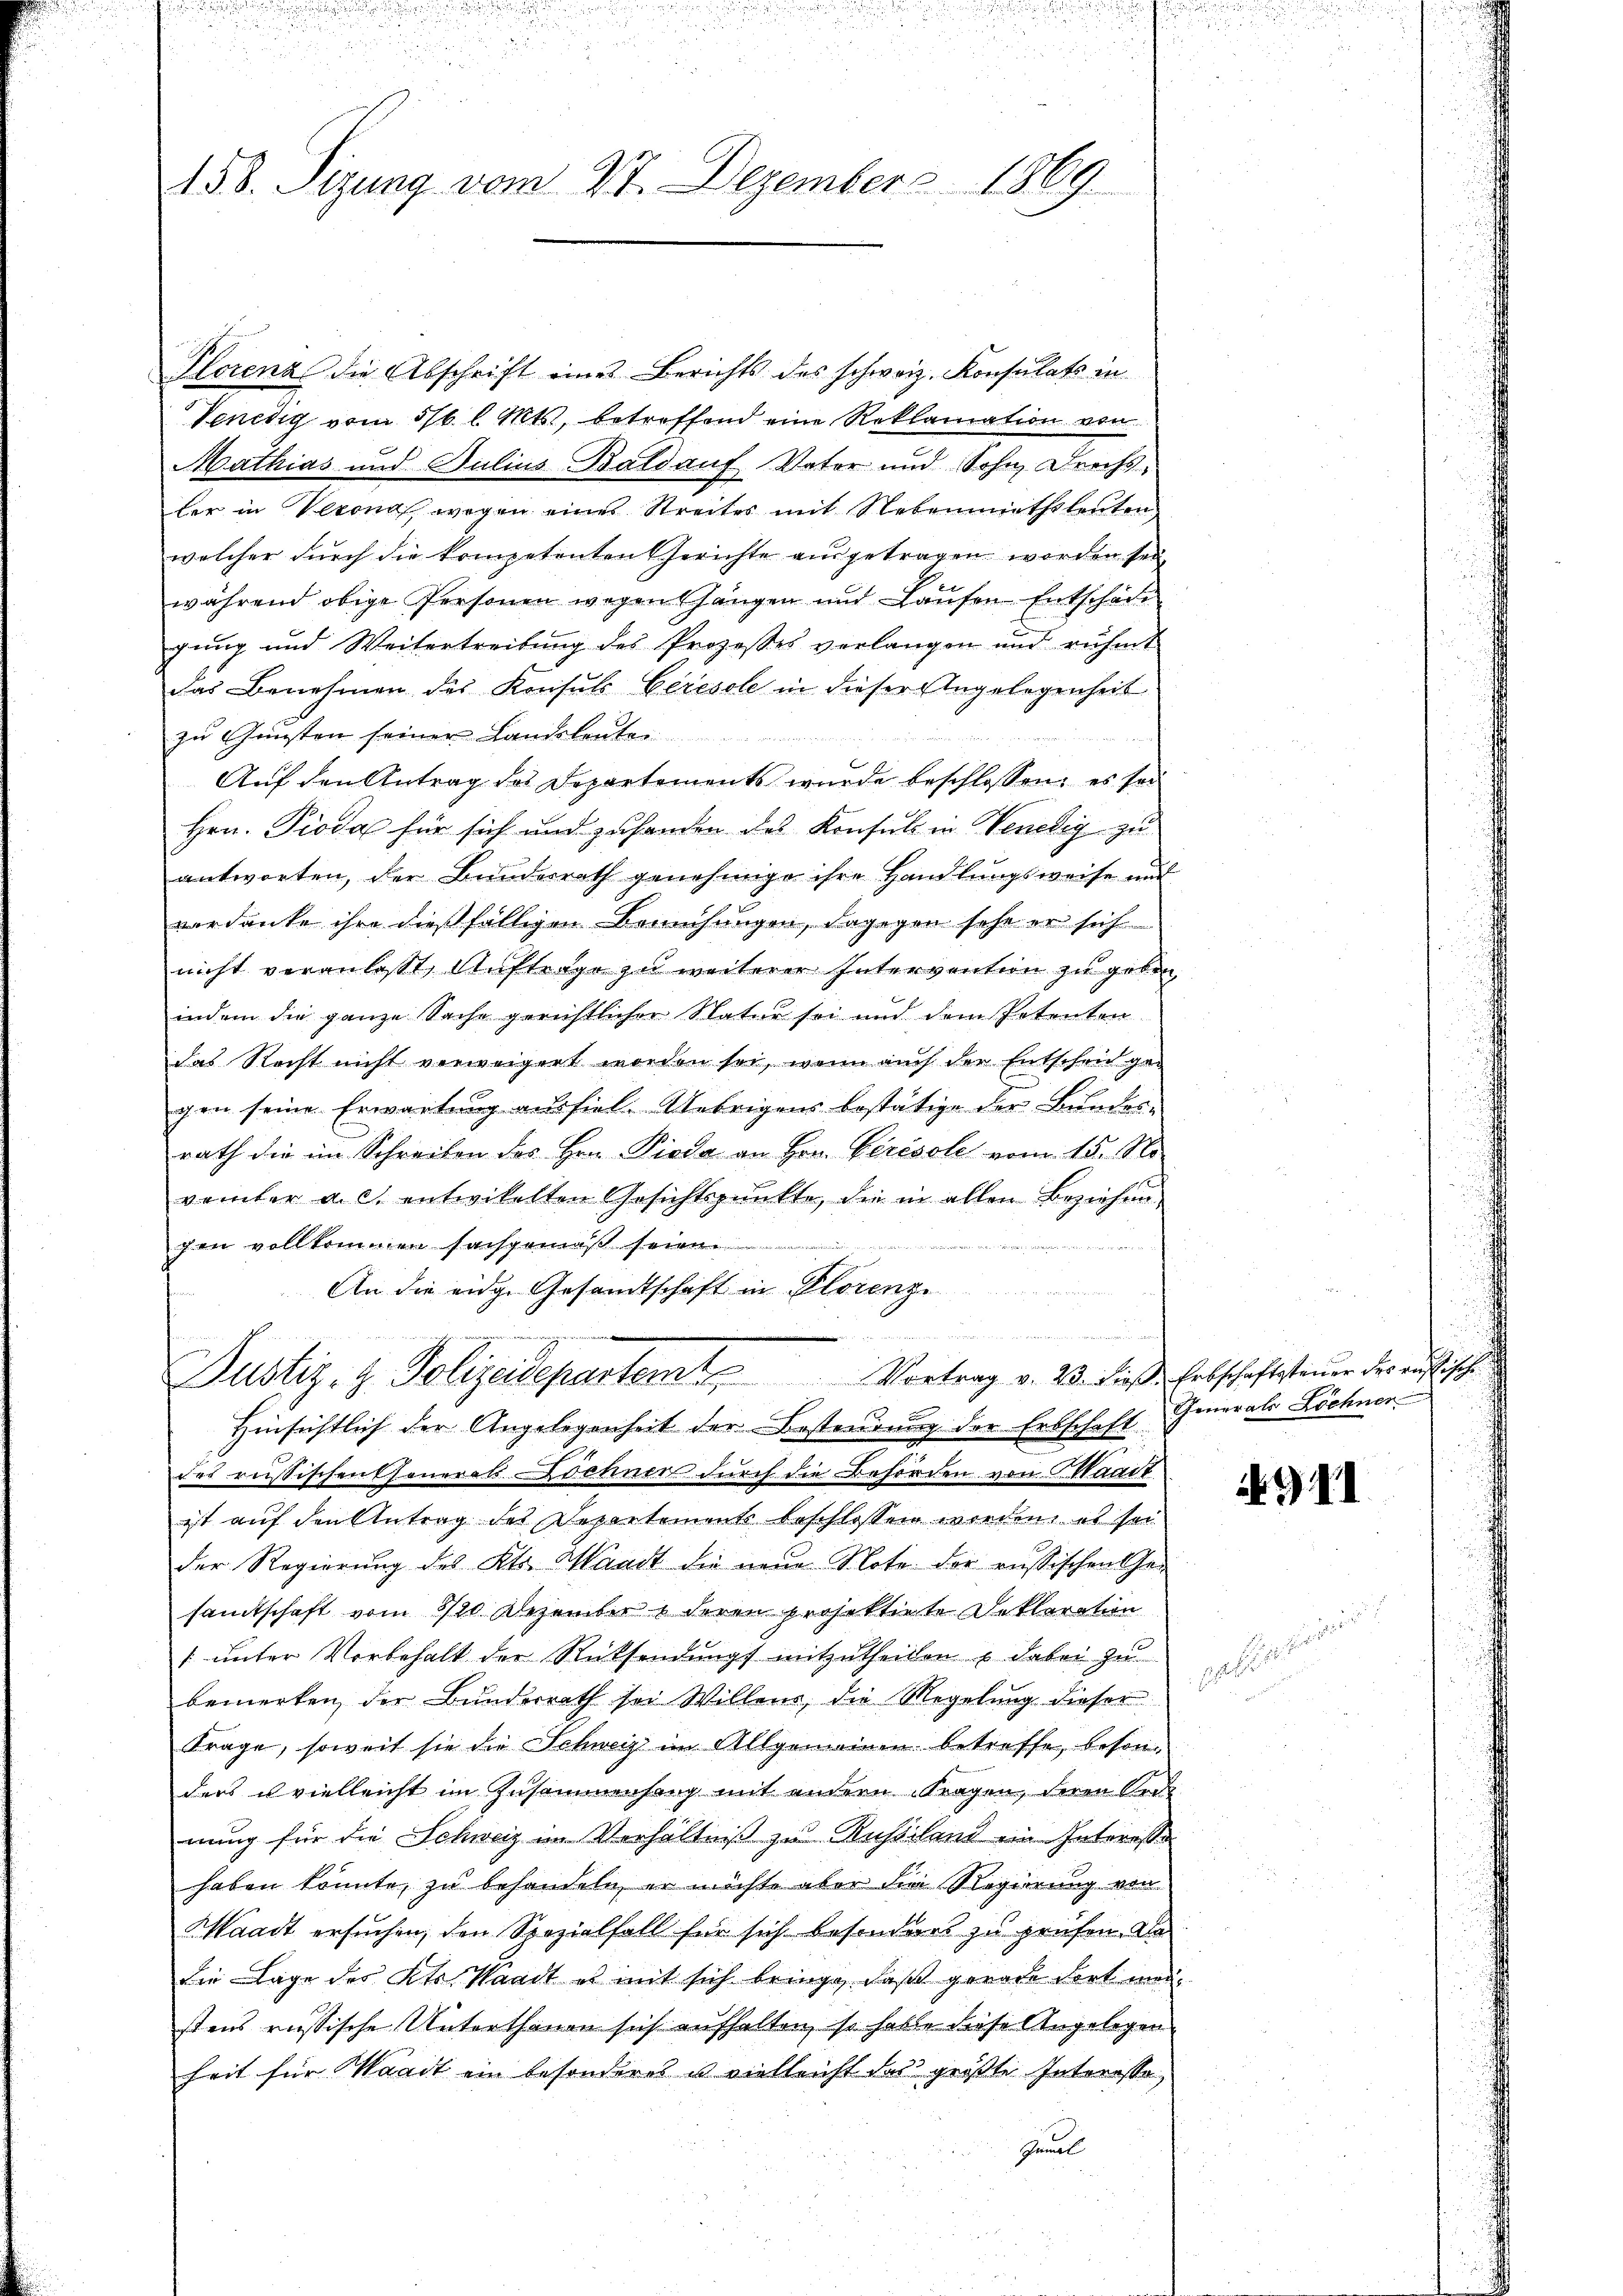
158. Sizung vom 27. Dezember 1869

Plorenz die Abschrift eines Berichts des schweiz. Konsulats in
Venedig vom 5/6. l. Mts., betreffend eine Reklamation von
Mathias und Julius Baldauf Vater und Sohn Drechsler in Verona wegen eines Streites mit Nebenmathsleuten,
welcher durch die kompetenten Gerichte ausgetragen worden sei
während obige Personen wegen angen und Laŭfen Entschädi
gung und Weitertreibŭng des Prozesses verlangen und rühmt
das Benehmen des Konsuls Ceresole in dieser Angelegenheit
zu Gunsten seiner Landsleuter
Auf den Antrag des Departements wurde beschlossen, es sei
Hrn. Pioda für sich und zuhanden des Konsuls in Venedig zu
antworten, der Bundesrath genehmige ihre Handlungsweise und
verdanke ihre dießfälligen Bemühungen, dagegen sehe er sich
nicht veranlasst, Auftergo zu weiterer Intervention zu geben,
indem die ganze Sache gerichtlicher Natur sei und dem Petenten
das Recht nicht verweigert worden sei, wenn auch der Entscheid gegen seine Erwartung ausfiel. Uebrigens bestätige der Bundesrath die im Schreiben des Hrn. Pioda an Hrn. Perésole vom 15. No
vemter a. c. entwickelten Gesichtspunkte, die in allen Beziehen
gen vollkommen sachgemäß se
An die eidge Gesandtschaft in Florenz.
.
Justiz- & Polizeidepartem Vortrag v. 23. dieße Erbschaftsteuer der aussische
Hinsichtlich der Angelegenheit der Bestendung der Erbschaft Generals Löchner
des russischen Chenerals Zehnen durch die Behörden von Waadt
ist auf den Antrag des Departement beschlossen worden, es sei
der Regierŭng des Kts. Waadt die neue Note der russischen Ge-
samtschaft vom 8/20 Dezember 1 deren projektirte Deklaration
 unter Vorbehalt der Rücksendungs mitzutheilen u dabei zu
bemerken der Bunderrath sei Willens die Megelung dieser
Frage, soweit sie die Schweiz im Allgemeinen betreffe, besonders es vielleicht im Zusammenhang mit andern Fragen, deren Ort
nung für die Schweiz im Verhältniß zu Russiland in Interesse
haben könnte, zu behandeln, er möchte aber die Regierung von
Waadt ersuchen, den Spezialfall für sich besonders zu prüfen. De
die Lage des Kts. Waadt es mit sich bringe, daß gerade dort manstens russische Unterthanen sich aufhalten, so habe diese Angelegen
heit für Waadt ein besonderes u vielleicht des größte Interesse,
Gemal

at

9II